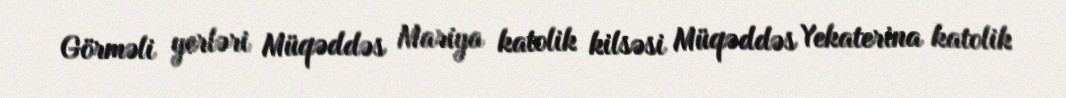
Görməli yerləri Müqəddəs Mariya katolik kilsəsi Müqəddəs Yekaterina katolik